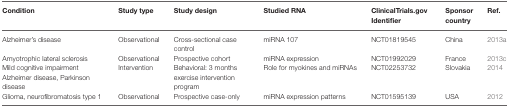
<table><thead><tr><td><b>Condition</b></td><td><b>Study type</b></td><td><b>Study design</b></td><td><b>Studied RNA</b></td><td><b>ClinicalTrials.gov Identifier</b></td><td><b>Sponsor country</b></td><td><b>Ref.</b></td></tr></thead><tbody><tr><td>Alzheimer’s disease</td><td>Observational</td><td>Cross-sectional case control</td><td>miRNA 107</td><td>NCT01819545</td><td>China</td><td>2013a</td></tr><tr><td>Amyotrophic lateral sclerosis</td><td>Observational</td><td>Prospective cohort</td><td>miRNA expression</td><td>NCT01992029</td><td>France</td><td>2013c</td></tr><tr><td>Mild cognitive impairment Alzheimer disease, Parkinson disease</td><td>Intervention</td><td>Behavioral: 3 months exercise intervention program</td><td>Role for myokines and miRNAs</td><td>NCT02253732</td><td>Slovakia</td><td>2014</td></tr><tr><td>Glioma, neurofibromatosis type 1</td><td>Observational</td><td>Prospective case-only</td><td>miRNA expression patterns</td><td>NCT01595139</td><td>USA</td><td>2012</td></tr></tbody></table>